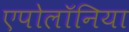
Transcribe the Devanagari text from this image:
एपोलॉनिया